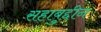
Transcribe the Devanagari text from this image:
सहाबुद्दीन